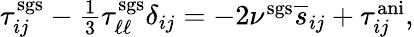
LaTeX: \begin{array}{r}{\tau_{ij}^{\mathrm{sgs}}-\frac{1}{3}\tau_{\ell\ell}^{\mathrm{sgs}}\delta_{ij}=-2\nu^{\mathrm{sgs}}\overline{{s}}_{ij}+\tau_{ij}^{\mathrm{ani}},}\end{array}